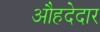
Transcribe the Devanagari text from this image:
औहदेदार